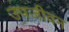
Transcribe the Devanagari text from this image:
उपजीवन